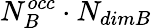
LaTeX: N_{B}^{occ}\cdot N_{dimB}